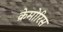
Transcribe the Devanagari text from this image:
क्रेमोरिस